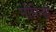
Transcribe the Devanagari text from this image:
मोरिन्हो